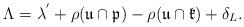
LaTeX: \begin{align*} \Lambda=\lambda^{'}+\rho(\mathfrak{u}\cap \mathfrak{p})-\rho(\mathfrak{u}\cap \mathfrak{k})+\delta_{L}.\end{align*}